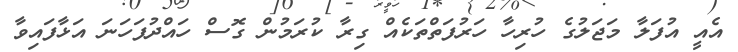
އެއީ އުފަލާ މަޖަލުގެ ހުރިހާ ހަރުފަތްތަކެއް ގިރާ ކުރަމުން ގޮސް ހައްދުފަހަނަ އަޅާފައިވާ